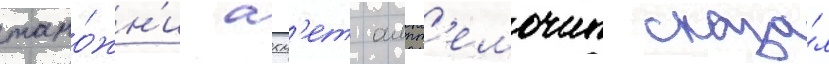
тамо́жн'и ахм'ет алпт'емочин сказа́л